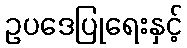
ဥပဒေပြုရေးနှင့်